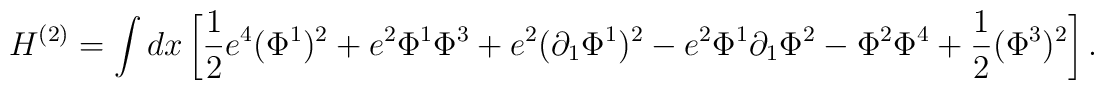
H^{(2)} = \int dx		\left[			\frac{1}{2}e^4 (\Phi^1 )^2 +e^2 \Phi^1 \Phi^3			+e^2(\partial_1 \Phi^1 )^2 -e^2 \Phi^1 \partial_1 \Phi^2			-\Phi^2 \Phi^4 + \frac{1}{2}(\Phi^3 )^2	   \right].